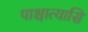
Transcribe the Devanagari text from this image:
पाश्चात्यासि